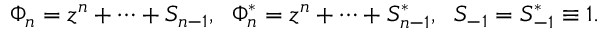
\Phi _ { n } = z ^ { n } + \cdots + S _ { n - 1 } , \; \; \Phi _ { n } ^ { * } = z ^ { n } + \cdots + S _ { n - 1 } ^ { * } , \; \; S _ { - 1 } = S _ { - 1 } ^ { * } \equiv 1 .